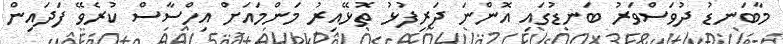
މާބަނޑު ދުވަސްވަރު ބަނޑުގައި އޮންނަ ދަރިފުޅު ތޮޅޭއިރު މަންމައަށް އިހްސާސް ކުރެވޭ ފަދައިން